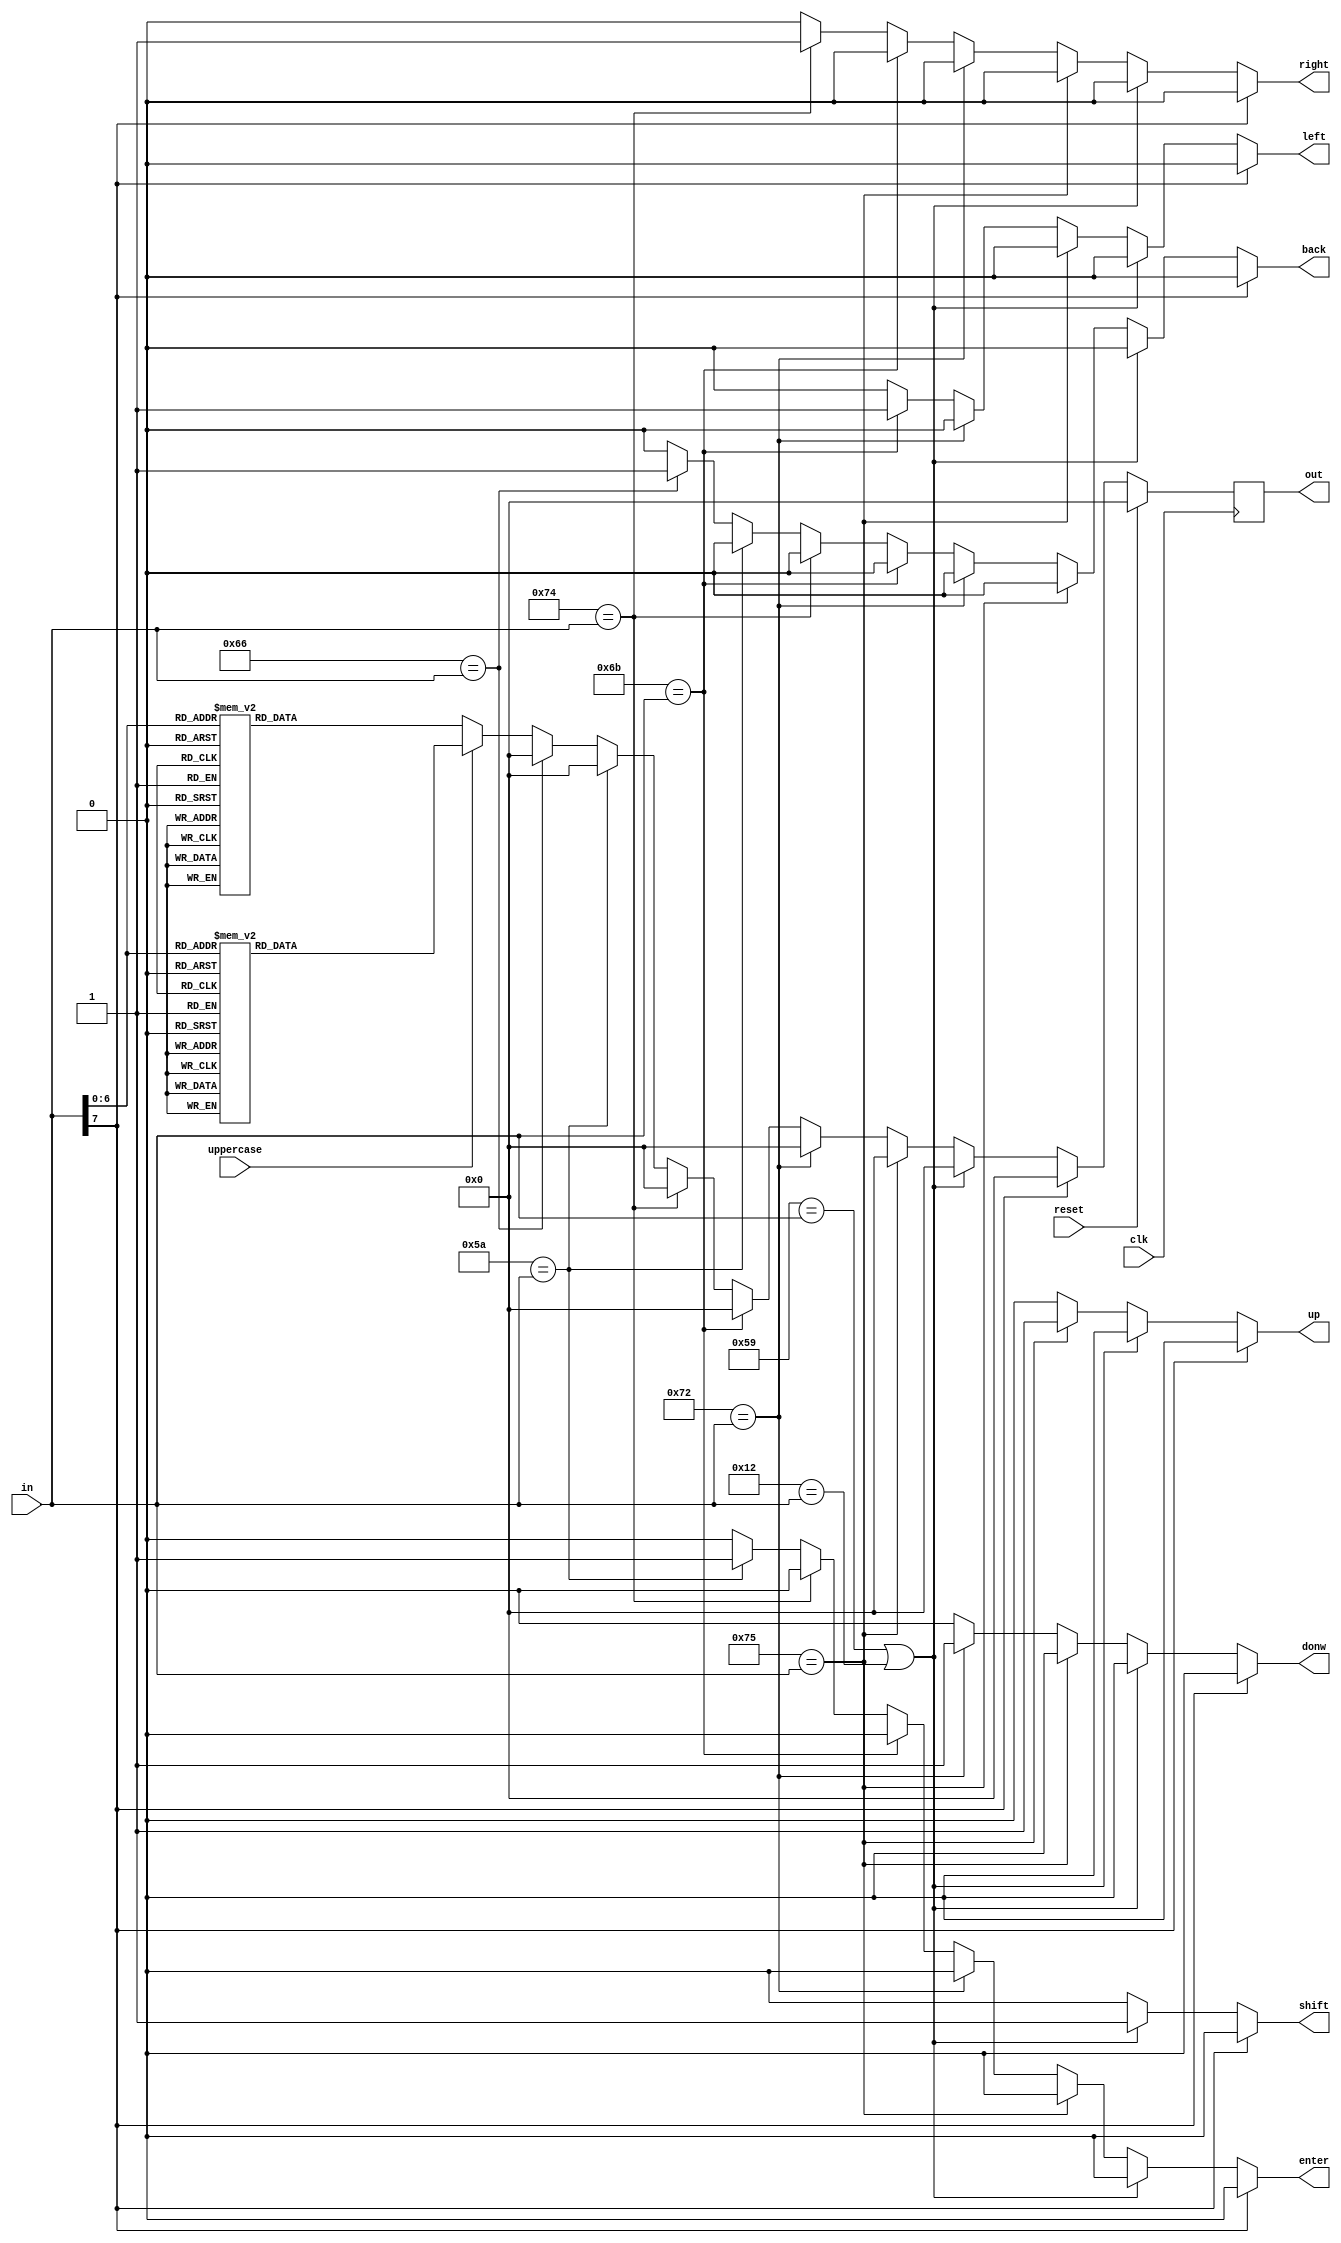
//======================================================================================
module chat(input  wire clk,
				input  wire reset,
				input  wire [7:0]in,
				output reg [6:0]out,
				output reg up,
				output reg donw,
				output reg right,
				output reg left,
				output reg enter,
				output reg back,
				output reg shift,
				input wire uppercase
				);

reg [6:0] display;
reg bs;


always @(posedge clk)          begin
if(reset)	out<=7'b0;

else 			out<=display;

	
											end

always @(*)
begin
up=0;
donw=0;
right=0;
left=0;
enter=0;
back=0;
shift=0;
display =0;

	  if(in[7]==1) bs=1;
else if(	8'h59==in || 8'h12==in) shift=1;	 
else if(8'h75==in) up=1;
else if(8'h72==in) donw=1;
else if(8'h6b==in) left=1;
else if(8'h74==in) right=1;
else if(8'h5a==in) enter=1;
else if(8'h66==in) back=1;
	else if(uppercase) begin
		case(in)
			8'h1C: display = 8'h41; //A
          8'h32: display = 8'h42; //B
          8'h21: display = 8'h43; //C
          8'h23: display = 8'h44; //D
          8'h24: display = 8'h45; //E
          8'h2B: display = 8'h46; //F
          8'h34: display = 8'h47; //G
          8'h33: display = 8'h48; //H
          8'h43: display = 8'h49; //I
          8'h3B: display = 8'h4A; //J
          8'h42: display = 8'h4B; //K
          8'h4B: display = 8'h4C; //L
          8'h3A: display = 8'h4D; //M
          8'h31: display = 8'h4E; //N
          8'h44: display = 8'h4F; //O
          8'h4D: display = 8'h50; //P
          8'h15: display = 8'h51; //Q
          8'h2D: display = 8'h52; //R
          8'h1B: display = 8'h53; //S
          8'h2C: display = 8'h54; //T
          8'h3C: display = 8'h55; //U
          8'h2A: display = 8'h56; //V
          8'h1D: display = 8'h57; //W
          8'h22: display = 8'h58; //X
          8'h35: display = 8'h59; //Y
          8'h1A: display = 8'h5A; //Z
			 //number key row
			 8'h16: display = 8'h21; //!
          8'h52: display = 8'h22; //"
          8'h26: display = 8'h23; //#
          8'h25: display = 8'h24; //$
          8'h2E: display = 8'h25; //%
          8'h3D: display = 8'h26; //&              
          8'h46: display = 8'h28; //(
          8'h45: display = 8'h29; //)
          8'h3E: display = 8'h2A; //*
          8'h55: display = 8'h2B; //+
          8'h4C: display = 8'h3A; //:
          8'h41: display = 8'h3C; //<
          8'h49: display = 8'h3E; //>
          8'h4A: display = 8'h3F; //?
          8'h1E: display = 8'h40; //@
          8'h36: display = 8'h5E; //^
          8'h4E: display = 8'h5F; //_
          8'h54: display = 8'h7B; //{
          8'h5D: display = 8'h7C; //|
          8'h5B: display = 8'h7D; //}
          8'h0E: display = 8'h7E; //~
			 default: display = 8'h00;
		endcase
	end else begin // not uppercase
		case (in)
		8'b0100_0101:display=7'h30;//"0"
		8'b0001_0110:display=7'h31;//"1"
		8'b0001_1110:display=7'h32;//"2"
		8'b0010_0110:display=7'h33;//"3"
		8'b0010_0101:display=7'h34;//"4"
		8'b0010_1110:display=7'h35;//"5"
		8'b0011_0110:display=7'h36;//"6"
		8'b0011_1101:display=7'h37;//"7"
		8'b0011_1110:display=7'h38;//"8"
		8'b0100_0110:display=7'h39;//"9"
		8'h52: display = 8'h27; //'
		8'h41: display = 8'h2C; //,
		8'h4E: display = 8'h2D; //-
		8'h49: display = 8'h2E; //.
		8'h4A: display = 8'h2F; ///
		8'h4C: display = 8'h3B; //;
		8'h55: display = 8'h3D; //=
		8'h54: display = 8'h5B; //[
		8'h5D: display = 8'h5C; // '\'
		8'h5B: display = 8'h5D; //]
		8'h0E: display = 8'h60; //`  	
		8'h1C: display = 8'h61; //a
		8'h32: display = 8'h62; //b
		8'h21: display = 8'h63; //c
		8'h23: display = 8'h64; //d
		8'h24: display = 8'h65; //e
		8'h2B: display = 8'h66; //f
		8'h34: display = 8'h67; //g
		8'h33: display = 8'h68; //h
		8'h43: display = 8'h69; //i
		8'h3B: display = 8'h6A; //j
		8'h42: display = 8'h6B; //k
		8'h4B: display = 8'h6C; //l
		8'h3A: display = 8'h6D; //m
		8'h31: display = 8'h6E; //n
		8'h44: display = 8'h6F; //o
		8'h4D: display = 8'h70; //p
		8'h15: display = 8'h71; //q
		8'h2D: display = 8'h72; //r
		8'h1B: display = 8'h73; //s
		8'h2C: display = 8'h74; //t
		8'h3C: display = 8'h75; //u
		8'h2A: display = 8'h76; //v
		8'h1D: display = 8'h77; //w
		8'h22: display = 8'h78; //x
		8'h35: display = 8'h79; //y
		8'h1A: display = 8'h7A; //z	
		default:display=7'h00;
		endcase
	end // end else (not uppercase)

end 
				
				

endmodule